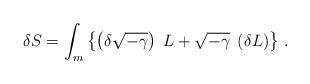
LaTeX: \begin{align*}\delta S= \int_{m}\left\{ \left( \delta \sqrt{-\gamma} \right) \; L+ \sqrt{-\gamma} \; \left( \delta L \right) \right\}\,.\end{align*}